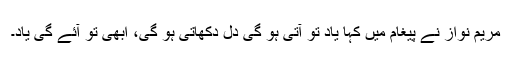
مریم نواز نے پیغام میں کہا یاد تو آتی ہو گی دل دکھاتی ہو گی، ابھی تو آئے گی یاد۔